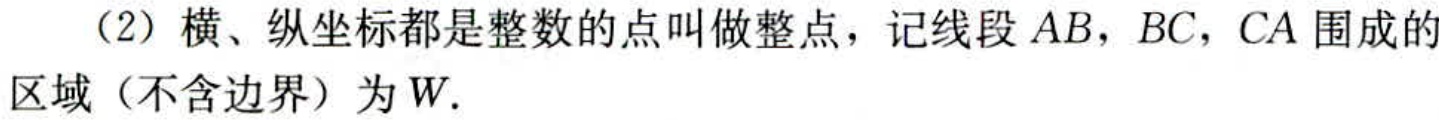
（2）横、纵坐标都是整数的点叫做整点，记线段\(AB\)，\(BC\)，\(CA\)围成的区域（不含边界）为\(W\).